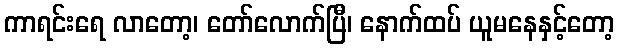
ကာရင်းရေ လာတော့၊ တော်လောက်ပြီ၊ နောက်ထပ် ယူမနေနှင့်တော့